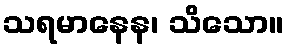
သရမာနေန၊ သိသော။